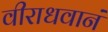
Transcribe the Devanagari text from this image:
वीराधवानं